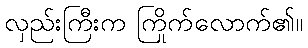
လှည်းကြီးက ကြိုက်လောက်၏။